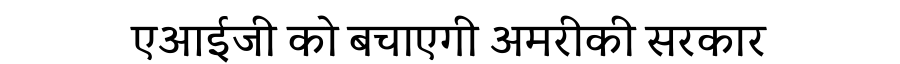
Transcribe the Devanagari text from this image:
एआईजी को बचाएगी अमरीकी सरकार